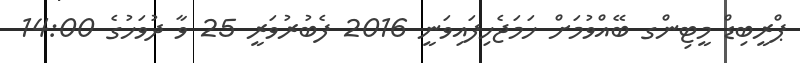
ޕްރީބިޑް މީޓިންގ ބޭއްވުމަށް ހަމަޖެހިފައިވަނީ 2016 ފެބުރުވަރީ 25 ވާ ދުވަހުގެ 14:00